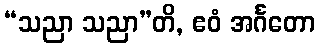
“သညာ သညာ”တိ, ဧဝံ အင်္ဂတော